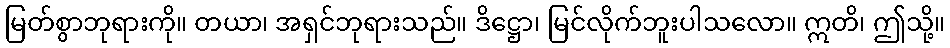
မြတ်စွာဘုရားကို။ တယာ၊ အရှင်ဘုရားသည်။ ဒိဋ္ဌော၊ မြင်လိုက်ဘူးပါသလော။ ဣတိ၊ ဤသို့။